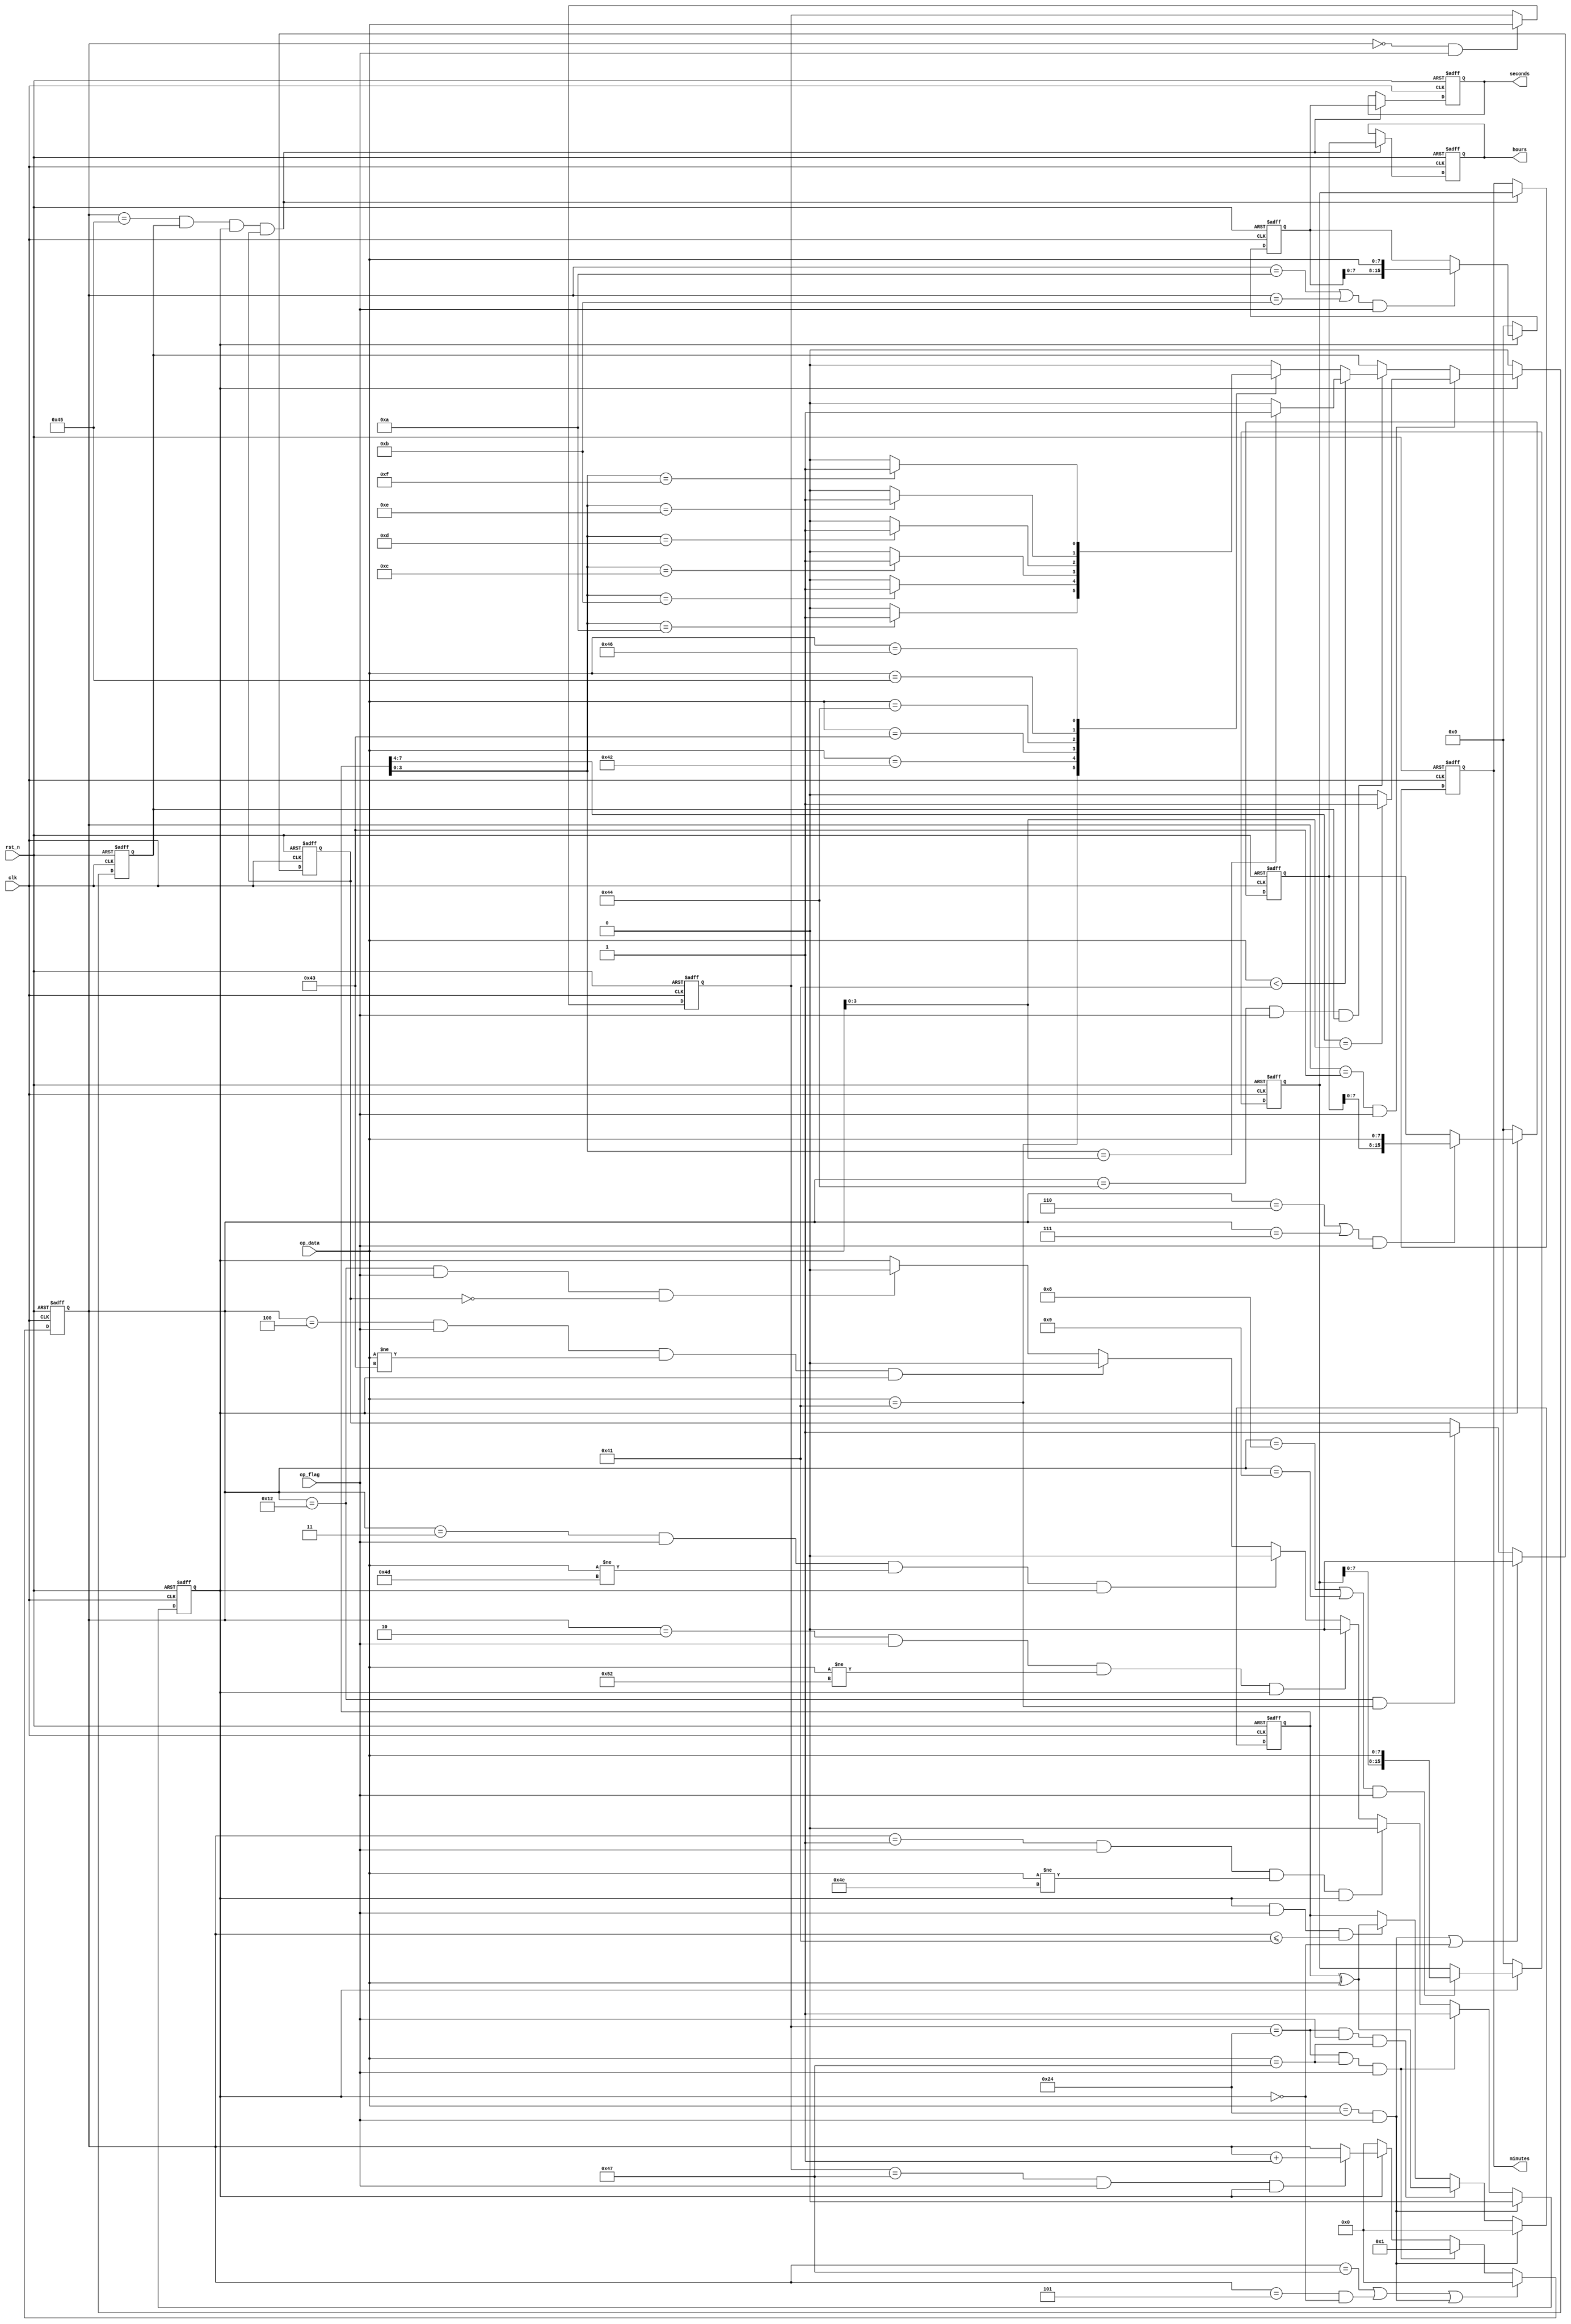
module GNRMC_Decode (
	input clk,
	input rst_n,
	input [7:0] op_data,
	input op_flag,
	output reg [15:0] hours,
	output reg [15:0] minutes,
	output reg [15:0] seconds
);

	reg [7:0] op_data_latch;	//op_data

	reg [7:0] cnt;	//

	reg gnrmc;		//RMC

	reg location;	//

	reg [7:0] xor_detect;	//

	reg [15:0] hours_temp;	//GNRMC
	reg [15:0] minutes_temp;	//minutes
	reg [15:0] seconds_temp;	//seconds

	reg xor_correct;	//

	always @(posedge clk or negedge rst_n) begin
		if(~rst_n) begin
			op_data_latch <= 8'd0;
		end else if(!cnt && op_flag) begin
			op_data_latch <= op_data;
		end else begin
			op_data_latch <= op_data_latch;
		end
	end

	/*cnt*/
	always @(posedge clk or negedge rst_n) begin
		if(~rst_n) begin
			cnt <= 8'd0;
		end else if(cnt == 8'd71 || (cnt == 8'd5 && !gnrmc) || (op_data == 8'h24 && op_flag)) begin
			cnt <= 8'd0;
		end else if(op_data_latch == 8'h24 && op_data == 8'h47 && op_flag) begin
			cnt <= 8'd1;
		end else if(!gnrmc) begin
			cnt <= 8'd0;	//
		end else if(op_data_latch == 8'h47 && op_flag && gnrmc) begin
			cnt <= cnt + 8'd1;
		end else begin
			cnt <= cnt;
		end
	end

	/*GNRMC*/
	always @(posedge clk or negedge rst_n) begin
		if(~rst_n) begin
			gnrmc <= 1'd0;
		end else if(op_data == 8'h24 && op_flag) begin
			gnrmc <= 1'd0;
		end else if(op_data_latch == 8'h24 && op_data == 8'h47 && op_flag) begin
			gnrmc <= 1'd1;
		end else if(cnt == 8'd1 && op_flag && op_data != 8'h4E && gnrmc) begin
			gnrmc <= 1'd0;
		end else if(cnt == 8'd2 && op_flag && op_data != 8'h52 && gnrmc) begin
			gnrmc <= 1'd0;
		end else if(cnt == 8'd3 && op_flag && op_data != 8'h4D && gnrmc) begin
			gnrmc <= 1'd0;
		end else if(cnt == 8'd4 && op_flag && op_data != 8'h43 && gnrmc) begin
			gnrmc <= 1'd0;
		end else if(cnt == 8'd18 && op_flag && !location) begin
			gnrmc <= 1'd0;
		end else begin
			gnrmc <= gnrmc;
		end
	end

	/*GNRMC*/
	always @(posedge clk or negedge rst_n) begin
		if(~rst_n) begin
			location <= 1'd0;
		end else if((op_data == 8'h24 && op_flag) || !gnrmc) begin
			location <= 1'd0;
		end else if(cnt == 8'd18 && op_data == 8'h41) begin
			location <= 1'd1;
		end else begin
			location <= location;
		end
	end


	/*temp xor*/
	always @(posedge clk or negedge rst_n) begin
		if(~rst_n) begin
			xor_detect <= 8'd0;
		end else if(op_data == 8'h24 && op_flag) begin
			xor_detect <= 8'd0;
		end else if(op_data_latch == 8'h24 && op_flag && op_data == 8'h47) begin 	//cnt == 1gnrmc
			xor_detect <= xor_detect ^ op_data;
		end else if(gnrmc && op_flag && cnt <= 8'd65) begin
			xor_detect <= xor_detect ^ op_data;
		end else begin
			xor_detect <= xor_detect;
		end
	end

	/*temp hours_temp*/
	always @(posedge clk or negedge rst_n) begin
		if(~rst_n) begin
			hours_temp <= 16'd0;
		end else if(!gnrmc) begin
			hours_temp <= 16'd0;
		end else if((cnt == 8'd6 || cnt == 8'd7) && op_flag) begin
			hours_temp <= {hours_temp[7:0],op_data};
		end else begin
			hours_temp <= hours_temp;
		end
	end

	/*temp minutes_temp*/
	always @(posedge clk or negedge rst_n) begin
		if(~rst_n) begin
			minutes_temp <= 16'd0;
		end else if(!gnrmc) begin
			minutes_temp <= 16'd0;
		end else if((cnt == 8'd8 || cnt == 8'd9) && op_flag) begin
			minutes_temp <= {minutes_temp[7:0],op_data};
		end else begin
			minutes_temp <= minutes_temp;
		end
	end

	/*temp seconds_temp*/
	always @(posedge clk or negedge rst_n) begin
		if(~rst_n) begin
			seconds_temp <= 16'd0;
		end else if(!gnrmc) begin
			seconds_temp <= 16'd0;
		end else if((cnt == 8'd10 || cnt == 8'd11) && op_flag) begin
			seconds_temp <= {seconds_temp[7:0],op_data};
		end else begin
			seconds_temp <= seconds_temp;
		end
	end

	/*temp xor_correct
	ASCII*/
	always @(posedge clk or negedge rst_n) begin
		if(~rst_n) begin
			xor_correct <= 1'd0;
		end else if(!gnrmc) begin
			xor_correct <= 1'd0;
		end else if(cnt == 8'd67 && op_flag) begin
			xor_correct <= (xor_detect[7:4] == op_data[3:0]) ? 1'd1 : 1'd0;
		end else if(cnt == 8'd68 && op_flag && xor_correct) begin
			if(op_data < 8'h41) begin
				xor_correct <= (xor_detect[3:0] == op_data[3:0]) ? 1'd1 : 1'd0;
			end else begin
				case(op_data) 
					8'h41 : xor_correct <= (xor_detect[3:0] == 4'b1010) ? 1'd1 : 1'd0;
					8'h42 : xor_correct <= (xor_detect[3:0] == 4'b1011) ? 1'd1 : 1'd0;
					8'h43 : xor_correct <= (xor_detect[3:0] == 4'b1100) ? 1'd1 : 1'd0;
					8'h44 : xor_correct <= (xor_detect[3:0] == 4'b1101) ? 1'd1 : 1'd0;
					8'h45 : xor_correct <= (xor_detect[3:0] == 4'b1110) ? 1'd1 : 1'd0;
					8'h46 : xor_correct <= (xor_detect[3:0] == 4'b1111) ? 1'd1 : 1'd0;
					default : xor_correct <= 1'd0;
				endcase // op_data
			end
			
		end else begin
			xor_correct <= xor_correct;
		end
	end

	// /*xor_correct*/
	// always @(posedge clk or negedge rst_n) begin
	// 	if(~rst_n) begin
	// 		xor_correct <= 1'd1;
	// 	end else begin
	// 		xor_correct <= 1'd1;
	// 	end
	// end

	/*output hours_temp*/
	always @(posedge clk or negedge rst_n) begin
		if(~rst_n) begin
			hours <= 16'd0;
		end else if(cnt == 8'd69 && xor_correct && gnrmc && location) begin
			hours <= hours_temp;
		end else begin
			hours <= hours;
		end
	end

	/*output minutes_temp*/
	always @(posedge clk or negedge rst_n) begin
		if(~rst_n) begin
			minutes <= 16'd0;
		end else if(cnt == 8'd69 && xor_correct && gnrmc && location) begin
			minutes <= minutes_temp;
		end else begin
			minutes <= minutes;
		end
	end

	/*output seconds_temp*/
	always @(posedge clk or negedge rst_n) begin
		if(~rst_n) begin
			seconds <= 16'd0;
		end else if(cnt == 8'd69 && xor_correct && gnrmc && location) begin
			seconds <= seconds_temp;
		end else begin
			seconds <= seconds;
		end
	end

endmodule